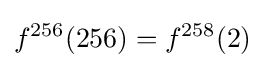
f^{256}(256)=f^{258}(2)